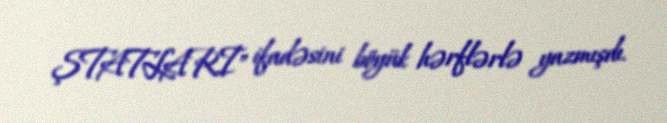
ŞTATLARI" ifadəsini böyük hərflərlə yazmışdı.